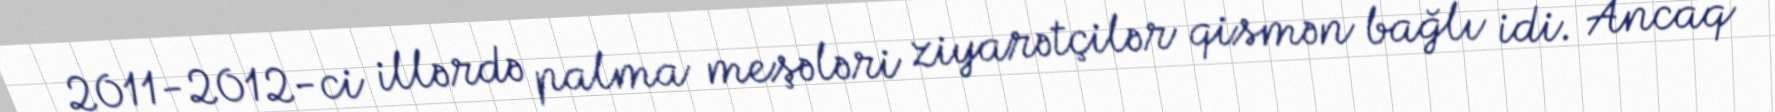
2011-2012-ci illərdə palma meşələri ziyarətçilər qismən bağlı idi. Ancaq